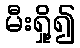
မီးရှို့၍